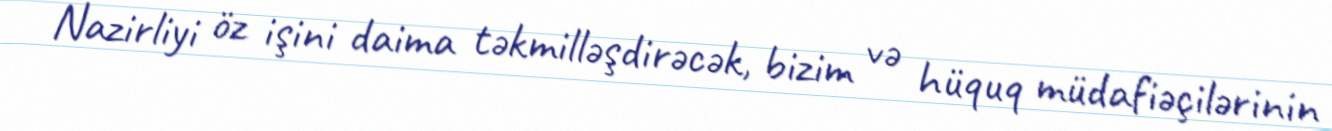
Nazirliyi öz işini daima təkmilləşdirəcək, bizim və hüquq müdafiəçilərinin